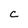
Character: C